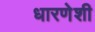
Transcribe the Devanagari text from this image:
धारणेशी